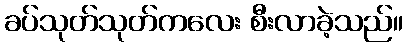
ခပ်သုတ်သုတ်ကလေး စီးလာခဲ့သည်။